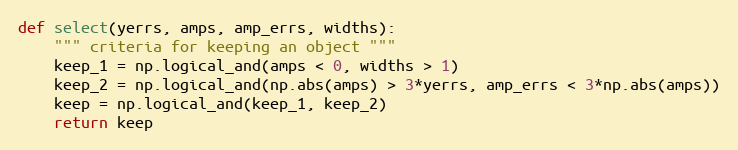
Language: Python
def select(yerrs, amps, amp_errs, widths):
    """ criteria for keeping an object """
    keep_1 = np.logical_and(amps < 0, widths > 1)
    keep_2 = np.logical_and(np.abs(amps) > 3*yerrs, amp_errs < 3*np.abs(amps))
    keep = np.logical_and(keep_1, keep_2)
    return keep